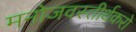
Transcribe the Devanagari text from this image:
मनोजवस्तीर्थकरो